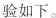
验如下。